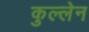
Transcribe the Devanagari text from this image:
कुल्लेन